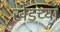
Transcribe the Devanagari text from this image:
खेडच्या